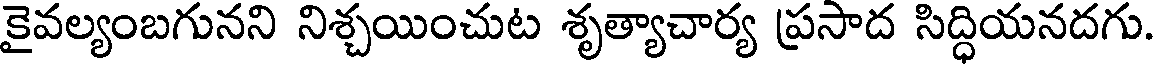
కైవల్యంబగునని నిశ్చయించుట శృత్యాచార్య ప్రసాద సిద్ధియనదగు.